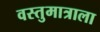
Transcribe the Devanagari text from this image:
वस्तुमात्राला